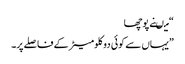
“ میںنے پوچھا
”یہاں سے کوئی دو کلومیٹر کے فاصلے پر۔